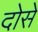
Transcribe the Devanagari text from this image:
दोसे